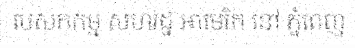
បេសកកម្ម សហរដ្ឋ អាមេរិក នៅ ភ្នំពេញ